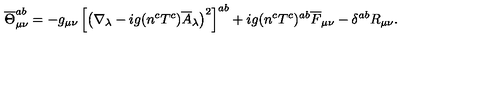
\overline { { \Theta } } _ { \mu \nu } ^ { a b } = - g _ { \mu \nu } \left[ \left( \nabla _ { \lambda } - i g ( n ^ { c } T ^ { c } ) \overline { { A } } _ { \lambda } \right) ^ { 2 } \right] ^ { a b } + i g ( n ^ { c } T ^ { c } ) ^ { a b } \overline { { F } } _ { \mu \nu } - \delta ^ { a b } R _ { \mu \nu } .